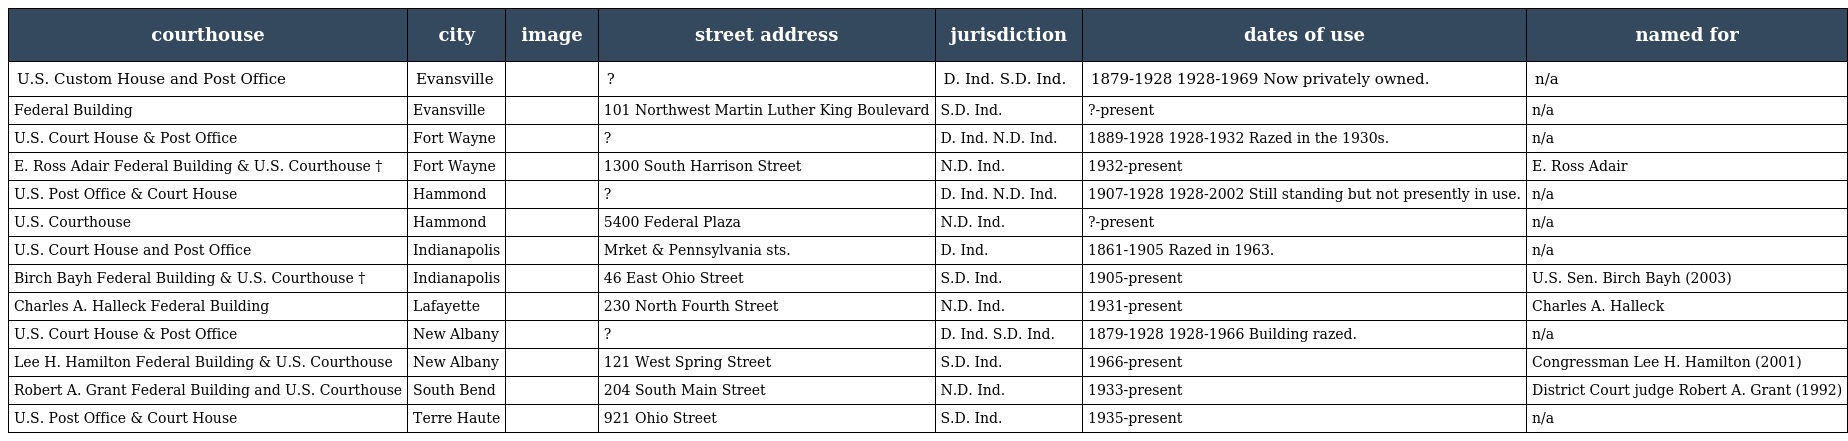
| courthouse | city | image | street address | jurisdiction | dates of use | named for |
 | --- | --- | --- | --- | --- | --- | --- |
 | U.S. Custom House and Post Office | Evansville |  | ? | D. Ind. S.D. Ind. | 1879-1928 1928-1969 Now privately owned. | n/a |
 | Federal Building | Evansville |  | 101 Northwest Martin Luther King Boulevard | S.D. Ind. | ?-present | n/a |
 | U.S. Court House & Post Office | Fort Wayne |  | ? | D. Ind. N.D. Ind. | 1889-1928 1928-1932 Razed in the 1930s. | n/a |
 | E. Ross Adair Federal Building & U.S. Courthouse † | Fort Wayne |  | 1300 South Harrison Street | N.D. Ind. | 1932-present | E. Ross Adair |
 | U.S. Post Office & Court House | Hammond |  | ? | D. Ind. N.D. Ind. | 1907-1928 1928-2002 Still standing but not presently in use. | n/a |
 | U.S. Courthouse | Hammond |  | 5400 Federal Plaza | N.D. Ind. | ?-present | n/a |
 | U.S. Court House and Post Office | Indianapolis |  | Mrket & Pennsylvania sts. | D. Ind. | 1861-1905 Razed in 1963. | n/a |
 | Birch Bayh Federal Building & U.S. Courthouse † | Indianapolis |  | 46 East Ohio Street | S.D. Ind. | 1905-present | U.S. Sen. Birch Bayh (2003) |
 | Charles A. Halleck Federal Building | Lafayette |  | 230 North Fourth Street | N.D. Ind. | 1931-present | Charles A. Halleck |
 | U.S. Court House & Post Office | New Albany |  | ? | D. Ind. S.D. Ind. | 1879-1928 1928-1966 Building razed. | n/a |
 | Lee H. Hamilton Federal Building & U.S. Courthouse | New Albany |  | 121 West Spring Street | S.D. Ind. | 1966-present | Congressman Lee H. Hamilton (2001) |
 | Robert A. Grant Federal Building and U.S. Courthouse | South Bend |  | 204 South Main Street | N.D. Ind. | 1933-present | District Court judge Robert A. Grant (1992) |
 | U.S. Post Office & Court House | Terre Haute |  | 921 Ohio Street | S.D. Ind. | 1935-present | n/a |